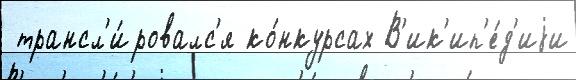
 трансл'и́ровалс'я ко́нкурсах В'ик'ип'е́д'иjи